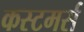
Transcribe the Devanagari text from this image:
कस्टमर्स